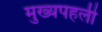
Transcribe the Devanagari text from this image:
मुख्यपहली